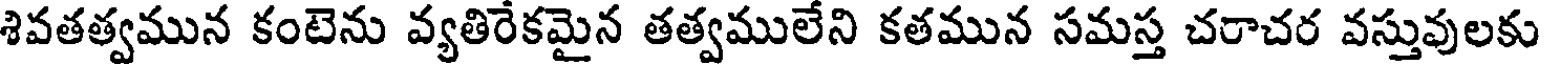
శివతత్వమున కంటెను వ్యతిరేకమైన తత్వములేని కతమున సమస్త చరాచర వస్తువులకు